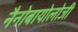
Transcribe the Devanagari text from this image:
नैनोबायोलोजी